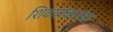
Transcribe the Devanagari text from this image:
शिवतरकरांचा